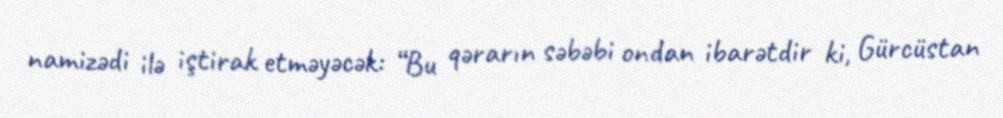
namizədi ilə iştirak etməyəcək: “Bu qərarın səbəbi ondan ibarətdir ki, Gürcüstan